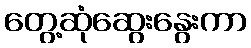
တွေ့ဆုံဆွေးနွေးကာ